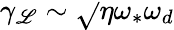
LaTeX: \gamma_{\mathscr{L}}\sim\sqrt{}{{\eta\omega_{\ast}\omega_{d}}}